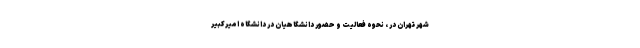
شهر تهران در ،‌ نحوه فعالیت و حضور دانشگاهیان در دانشگاه امیرکبیر